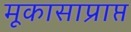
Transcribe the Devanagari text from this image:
मूकासाप्राप्त